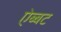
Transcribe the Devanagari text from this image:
ऐब्बट